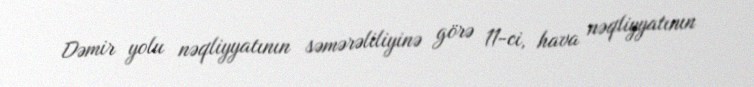
Dəmir yolu nəqliyyatının səmərəliliyinə görə 11-ci, hava nəqliyyatının